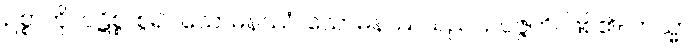
ဥစ္စာကို။ ပဋိစ္စ၊ စွဲ၍။ သောမနဿံ၊ သောမနဿသည်။ ဥပ္ပဇ္ဇတိ၊ ဖြစ်၏။ တသ္မာ၊